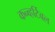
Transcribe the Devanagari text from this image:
कन्व्हर्टिबल